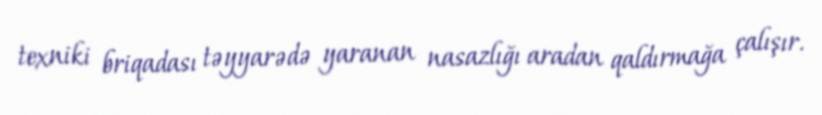
texniki briqadası təyyarədə yaranan nasazlığı aradan qaldırmağa çalışır.